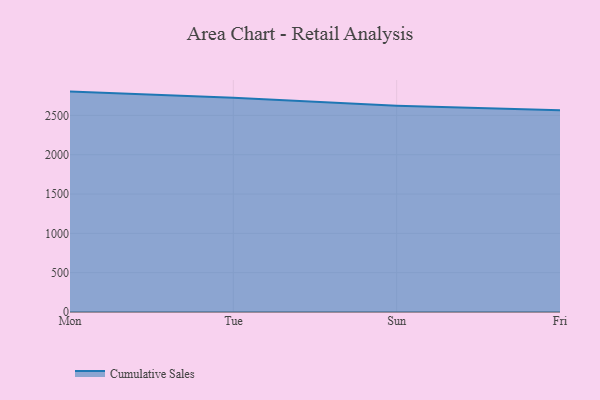
{"axis": {"x": "Day", "y": "Humidity (%)"}, "legend": ["Cumulative Sales"], "data": [{"x": "Mon", "y": 2802.2, "type": "Cumulative Sales"}, {"x": "Tue", "y": 2724.7, "type": "Cumulative Sales"}, {"x": "Sun", "y": 2621.4, "type": "Cumulative Sales"}, {"x": "Fri", "y": 2564.0, "type": "Cumulative Sales"}]}